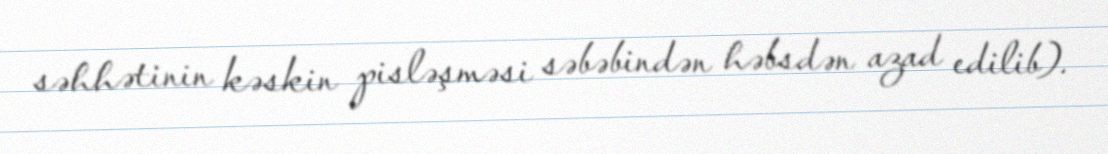
səhhətinin kəskin pisləşməsi səbəbindən həbsdən azad edilib).